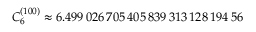
C _ { 6 } ^ { ( 1 0 0 ) } \approx 6 . 4 9 9 \, 0 2 6 \, 7 0 5 \, 4 0 5 \, 8 3 9 \, 3 1 3 \, 1 2 8 \, 1 9 4 \, 5 6